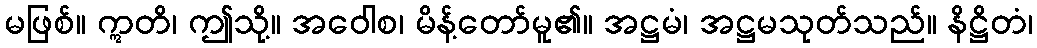
မဖြစ်။ ဣတိ၊ ဤသို့။ အဝေါစ၊ မိန့်တော်မူ၏။ အဋ္ဌမံ၊ အဋ္ဌမသုတ်သည်။ နိဋ္ဌိတံ၊